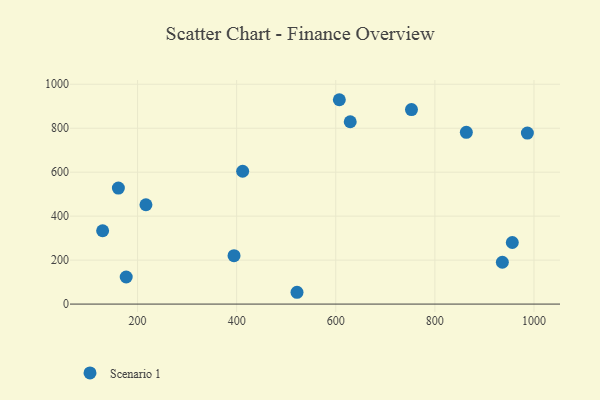
{"axis": {"x": "Distance", "y": "Salary"}, "legend": ["Scenario 1"], "data": [{"x": "607.2", "y": 929.6, "type": "Scenario 1"}, {"x": "956.3", "y": 280.2, "type": "Scenario 1"}, {"x": "863.5", "y": 781.4, "type": "Scenario 1"}, {"x": "752.8", "y": 884.7, "type": "Scenario 1"}, {"x": "216.9", "y": 451.9, "type": "Scenario 1"}, {"x": "412.1", "y": 604.3, "type": "Scenario 1"}, {"x": "629.2", "y": 829.4, "type": "Scenario 1"}, {"x": "394.7", "y": 220.3, "type": "Scenario 1"}, {"x": "521.8", "y": 53.7, "type": "Scenario 1"}, {"x": "936.2", "y": 190.2, "type": "Scenario 1"}, {"x": "161.3", "y": 527.5, "type": "Scenario 1"}, {"x": "986.7", "y": 777.7, "type": "Scenario 1"}, {"x": "129.5", "y": 333.6, "type": "Scenario 1"}, {"x": "177.1", "y": 123.1, "type": "Scenario 1"}]}